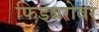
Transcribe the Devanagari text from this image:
फिडेबरोवर